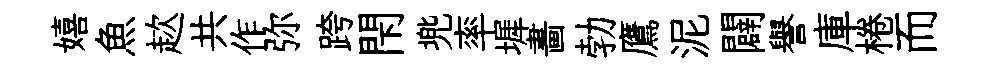
嬉魚趑共作弥跨閇兠率墀畵勃鷹泥闢譽庫棬而